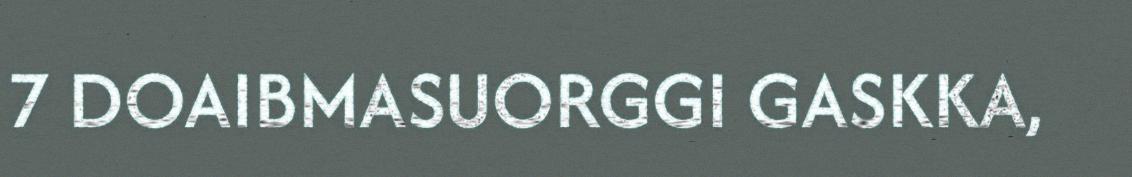
7 DOAIBMASUORGGI GASKKA,